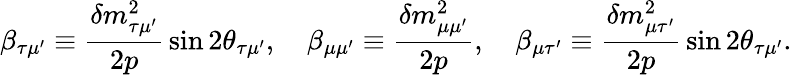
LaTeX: \beta_{\tau\mu^{\prime}}\equiv{\frac{\delta m_{\tau\mu^{\prime}}^{2}}{2p}}\sin 2\theta_{\tau\mu^{\prime}},\quad\beta_{\mu\mu^{\prime}}\equiv{\frac{\delta m_{\mu\mu^{\prime}}^{2}}{2p}},\quad\beta_{\mu\tau^{\prime}}\equiv{\frac{\delta m_{\mu\tau^{\prime}}^{2}}{2p}}\sin 2\theta_{\tau\mu^{\prime}}.